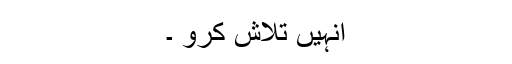
انہیں تلاش کرو ۔